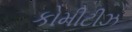
કોમીટીઝ